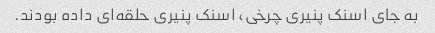
به جای اسنک پنیری چرخی، اسنک پنیری حلقه‌ای داده بودند.